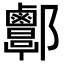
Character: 𨟬